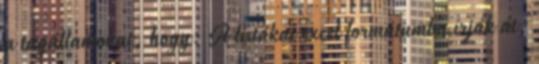
a tagállamokat, hogy: A listákat excel formátumba írják át,